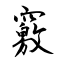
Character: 竅